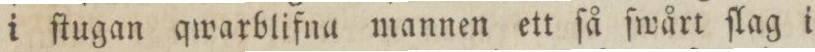
i ſtugan qwarblifna mannen ett ſå ſwårt ſlag i